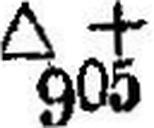
∆ + 905